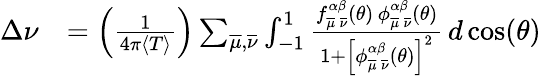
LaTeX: \begin{array}{rl}{\Delta\nu}&{=\left(\frac{1}{4\pi\langle T\rangle}\right)\sum_{\overline{{\mu}},\overline{{\nu}}}\int_{-1}^{1}\frac{f_{\overline{{\mu}}\, \overline{{\nu}}}^{\alpha\beta}(\theta)\, \phi_{\overline{{\mu}}\, \overline{{\nu}}}^{\alpha\beta}(\theta)}{1+\left[\phi_{\overline{{\mu}}\, \overline{{\nu}}}^{\alpha\beta}(\theta)\right]^{2}}\, d\cos(\theta)}\end{array}